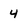
Character: 4